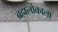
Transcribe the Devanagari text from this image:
ब्रह्मलोकाला